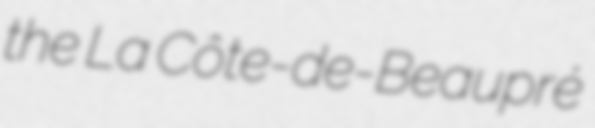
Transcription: the La Côte-de-Beaupré